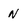
Character: N